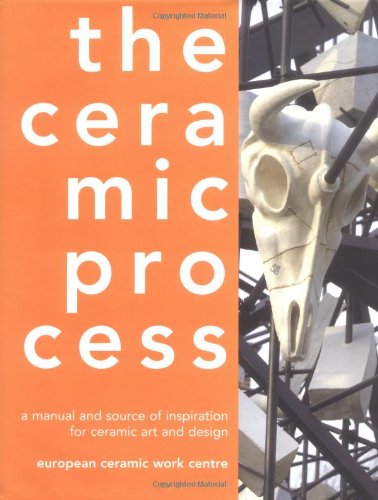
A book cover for The Ceramic Process: A Manual and Source of Inspiration for Ceramic Art and Design; Anton Reijnders; Crafts, Hobbies & Home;